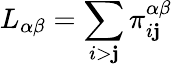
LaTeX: L_{\alpha\beta}=\sum_{i>\mathbf{j}}\pi_{i\mathbf{j}}^{\alpha\beta}